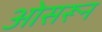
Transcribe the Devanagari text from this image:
ओसरून